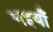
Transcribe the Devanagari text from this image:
नइयाँ